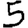
Digit: 5